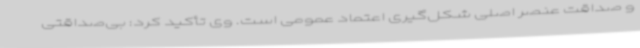
و صداقت عنصر اصلی شکل‌گیری اعتماد عمومی است. وی تأکید کرد: بی‌صداقتی